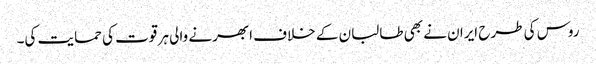
روس کی طرح ایران نے بھی طالبان کے خلاف ابھرنے والی ہر قوت کی حمایت کی۔